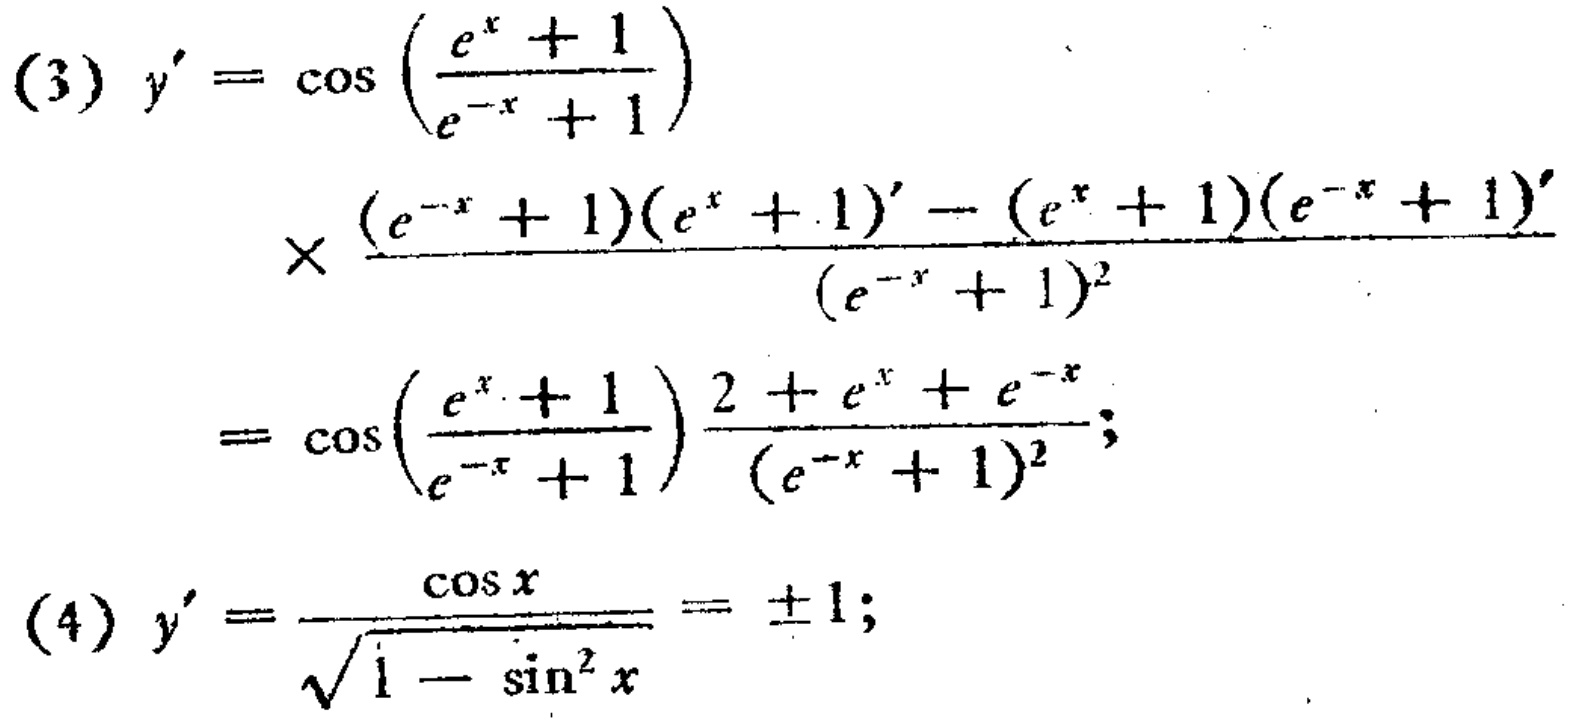
\[
\begin{align*}
(3)\ y'&=\cos\left(\frac{e^{x}+1}{e^{-x}+1}\right)\\
&\times\frac{(e^{-x}+1)(e^{x}+1)'-(e^{x}+1)(e^{-x}+1)'}{(e^{-x}+1)^{2}}\\
&=\cos\left(\frac{e^{x}+1}{e^{-x}+1}\right)\frac{2 + e^{x}+e^{-x}}{(e^{-x}+1)^{2}};\\
(4)\ y'&=\frac{\cos x}{\sqrt{1-\sin^{2}x}}=\pm1;
\end{align*}
\]